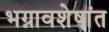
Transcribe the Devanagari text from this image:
भग्नावशेषांत